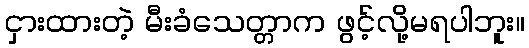
ငှားထားတဲ့ မီးခံသေတ္တာက ဖွင့်လို့မရပါဘူး။